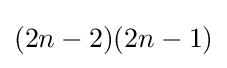
(2n-2)(2n-1)